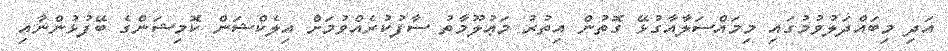
އަދި މިބައްދަލުވުމުގައި މިމައްސަލާއާގުޅޭ ގޮތުން އިތުރު މަޢުލޫމާތު ސާފުކުރެއްވުމަށް އިލެކްޝަން ކޮމިޝަންގެ ބޭފުޅުންނާއި